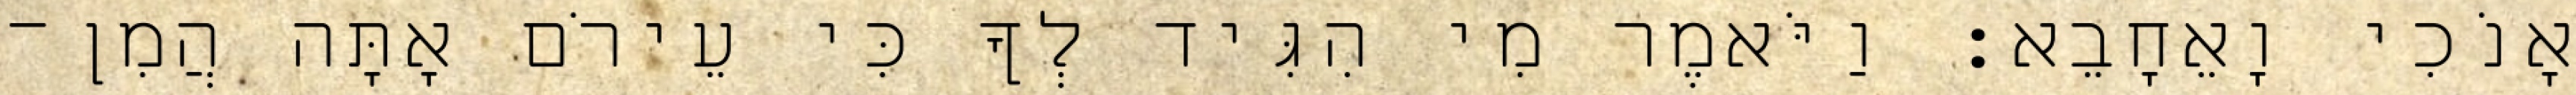
אָנֹכִי וָאֵחָבֵא׃ וַיֹּאמֶר מִי הִגִּיד לְךָ כִּי עֵירֹם אָתָּה הֲמִן־